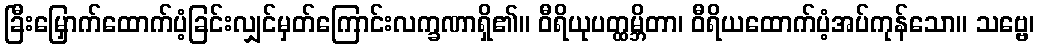
ခြီးမြှောက်ထောက်ပံ့ခြင်းလျှင်မှတ်ကြောင်းလက္ခဏာရှိ၏။ ဝီရိယုပတ္ထမ္ဘိတာ၊ ဝီရိယထောက်ပံ့အပ်ကုန်သော။ သဗ္ဗေ၊